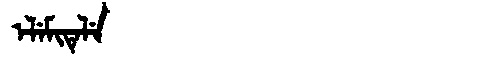
Manchu: ᡝᠯᡝᠮᡳᡨᡝᠯᡝ
Romanization: ELEMITELE